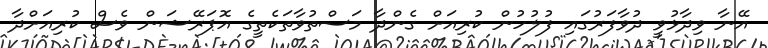
އޭނާ ވިދާޅުވީ ދުވާފަރުގައި ފުލުހުން ކުރިއަށް ގެންދާ މަސްތުވާތަކެތީގެ އޮޕަރޭޝަން ވެސް ކުރިއަށްދާ